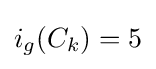
i_{g}(C_{k})=5